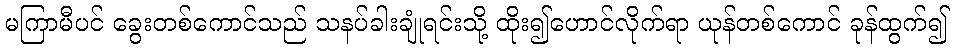
မကြာမီပင် ခွေးတစ်ကောင်သည် သနပ်ခါးချုံရင်းသို့ ထိုး၍ဟောင်လိုက်ရာ ယုန်တစ်ကောင် ခုန်ထွက်၍